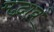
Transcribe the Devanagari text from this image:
मद्भावं